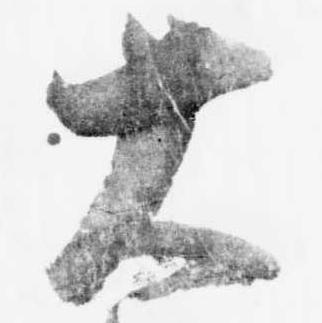
大